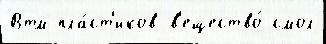
Втм пла́ст'иков в'ещество́ смол